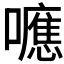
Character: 𭌃